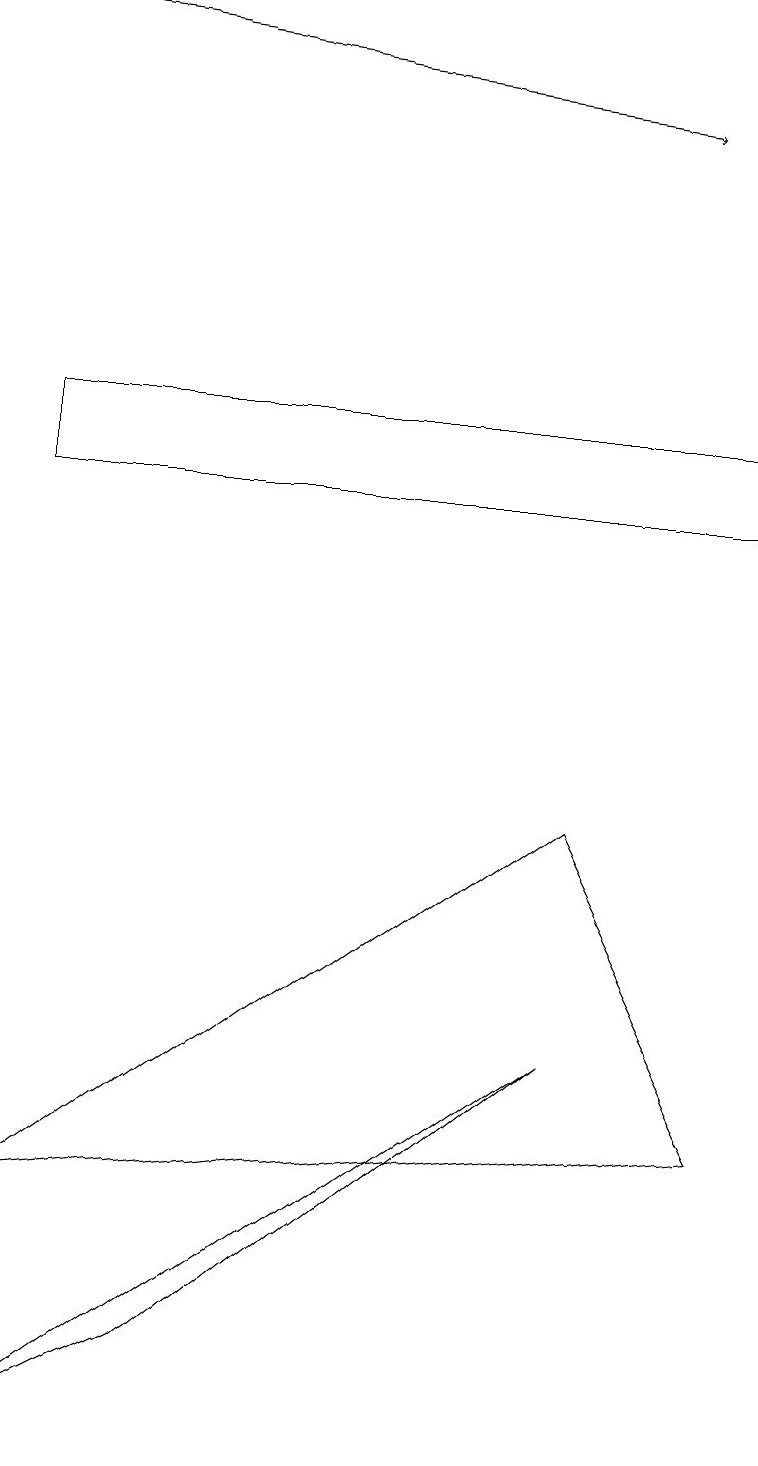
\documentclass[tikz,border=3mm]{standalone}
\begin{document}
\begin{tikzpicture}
\draw[->] (0,19) -- (8,18);
\draw (2,2) -- (7,6) -- (0,1) -- cycle;
\draw (9,14) rectangle (0,13);
\draw (0,4) -- (9,5) -- (7,9) -- cycle;
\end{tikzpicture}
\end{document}